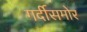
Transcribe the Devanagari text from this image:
गर्दीसमोर